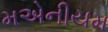
મએનીયમ